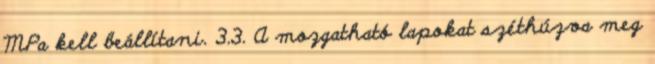
MPa kell beállítani. 3.3. A mozgatható lapokat széthúzva meg